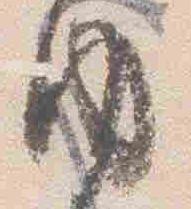
内